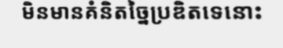
មិនមានគំនិតច្នៃប្រឌិតទេនោះ